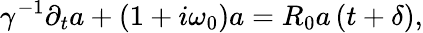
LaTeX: \gamma^{-1}\partial_{t}a+\left(1+i\omega_{0}\right)a=R_{0}a\left(t+\delta\right),